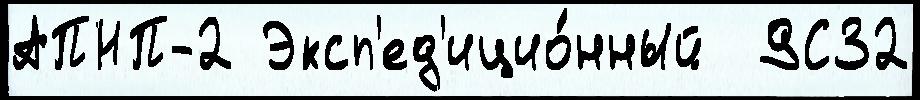
АПНП-2 Эксп'ед'ицио́нный  9С32